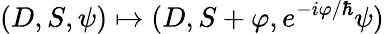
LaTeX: (D,S,\psi)\mapsto(D,S+\varphi,e^{-i\varphi/\hbar}\psi)